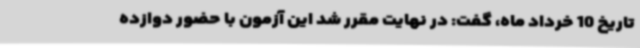
تاریخ 10 خرداد ماه، گفت: در نهایت مقرر شد این آزمون با حضور دوازده